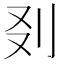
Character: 𠚿